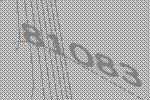
81083